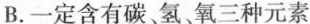
B.一定含有碳，氢、氧三种元素